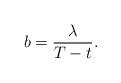
LaTeX: \begin{align*} b=\frac{\lambda}{T-t}.\end{align*}